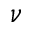
\nu